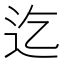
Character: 迄